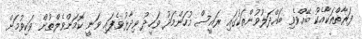
ފަރާތްތަކާއެކު ބޭއްވެވި ބައްދަލުވުންތަކުގައި ރައީސް މުހަންމަދު ވަހީދު ވިދާޅުވެފައި ވަނީ ކޮމަންވެލްތުން ވަކިވުމަށް